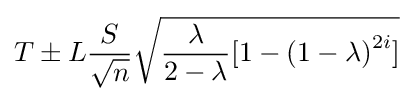
T\pm L{\frac {S}{\sqrt {n}}}{\sqrt {{\frac {\lambda }{2-\lambda }}\lbrack 1-\left(1-\lambda \right)^{2i}\rbrack }}